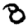
Digit: 8